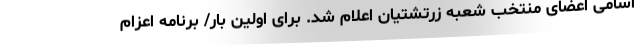
اسامی اعضای منتخب شعبه زرتشتیان اعلام شد. برای اولین بار/ برنامه اعزام